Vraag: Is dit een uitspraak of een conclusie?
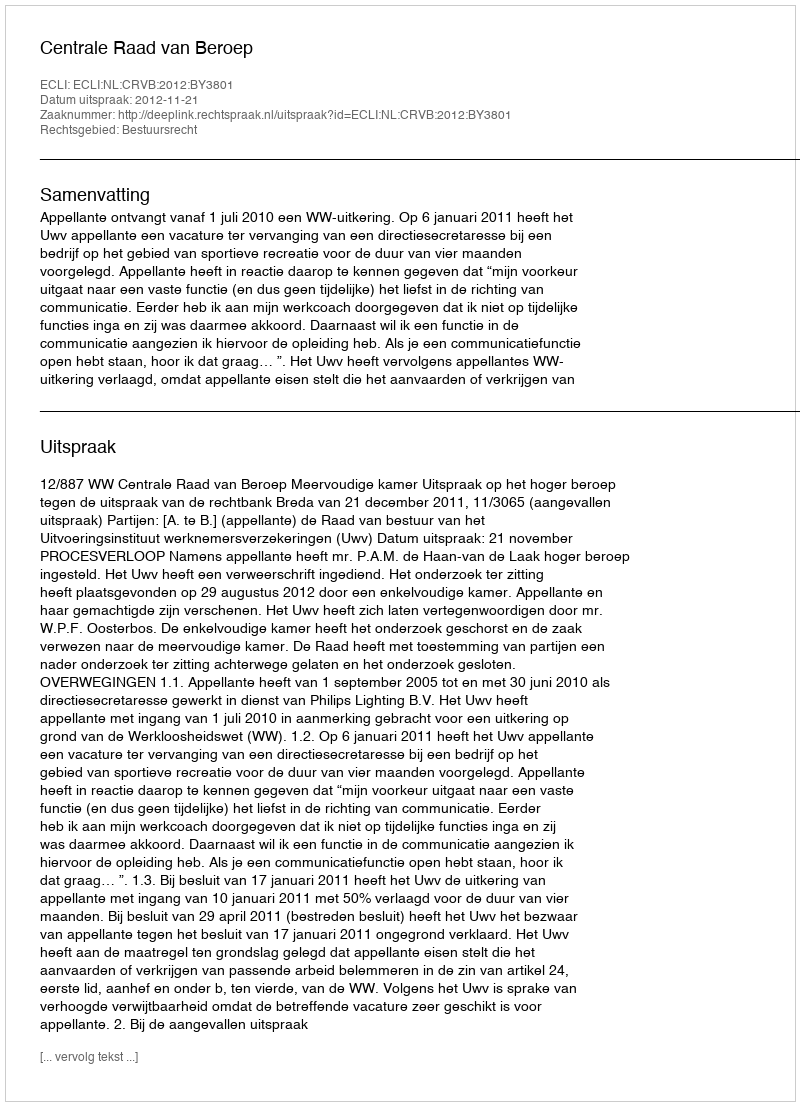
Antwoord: Uitspraak